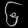
Digit: ၆